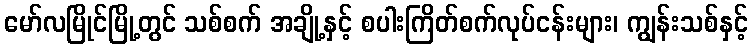
မော်လမြိုင်မြို့တွင် သစ်စက် အချို့နှင့် စပါးကြိတ်စက်လုပ်ငန်းများ၊ ကျွန်းသစ်နှင့်